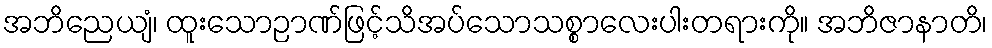
အဘိညေယျံ၊ ထူးသောဉာဏ်ဖြင့်သိအပ်သောသစ္စာလေးပါးတရားကို။ အဘိဇာနာတိ၊